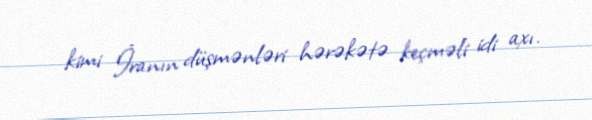
kimi İranın düşmənləri hərəkətə keçməli idi axı.